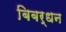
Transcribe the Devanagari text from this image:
बिबर्धन